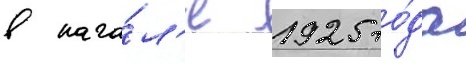
в нача́л'е 1925 го́да